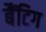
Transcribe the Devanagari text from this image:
बैंटिग